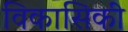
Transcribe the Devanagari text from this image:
विकासिकी